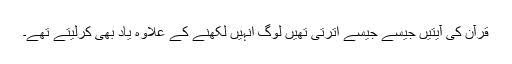
قرآن کی آیتیں جیسے جیسے اترتی تھیں لوگ انہیں لکھنے کے علاوہ یاد بھی کرلیتے تھے۔